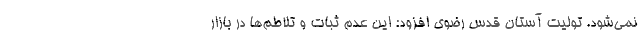
نمی‌شود. تولیت آستان قدس رضوی افزود: این عدم ثبات و تلاطم‌ها در بازار